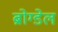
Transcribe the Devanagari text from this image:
ब्रोग्डेल